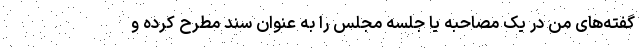
گفته‌های من در یک مصاحبه یا جلسه مجلس را به عنوان سند مطرح کرده و